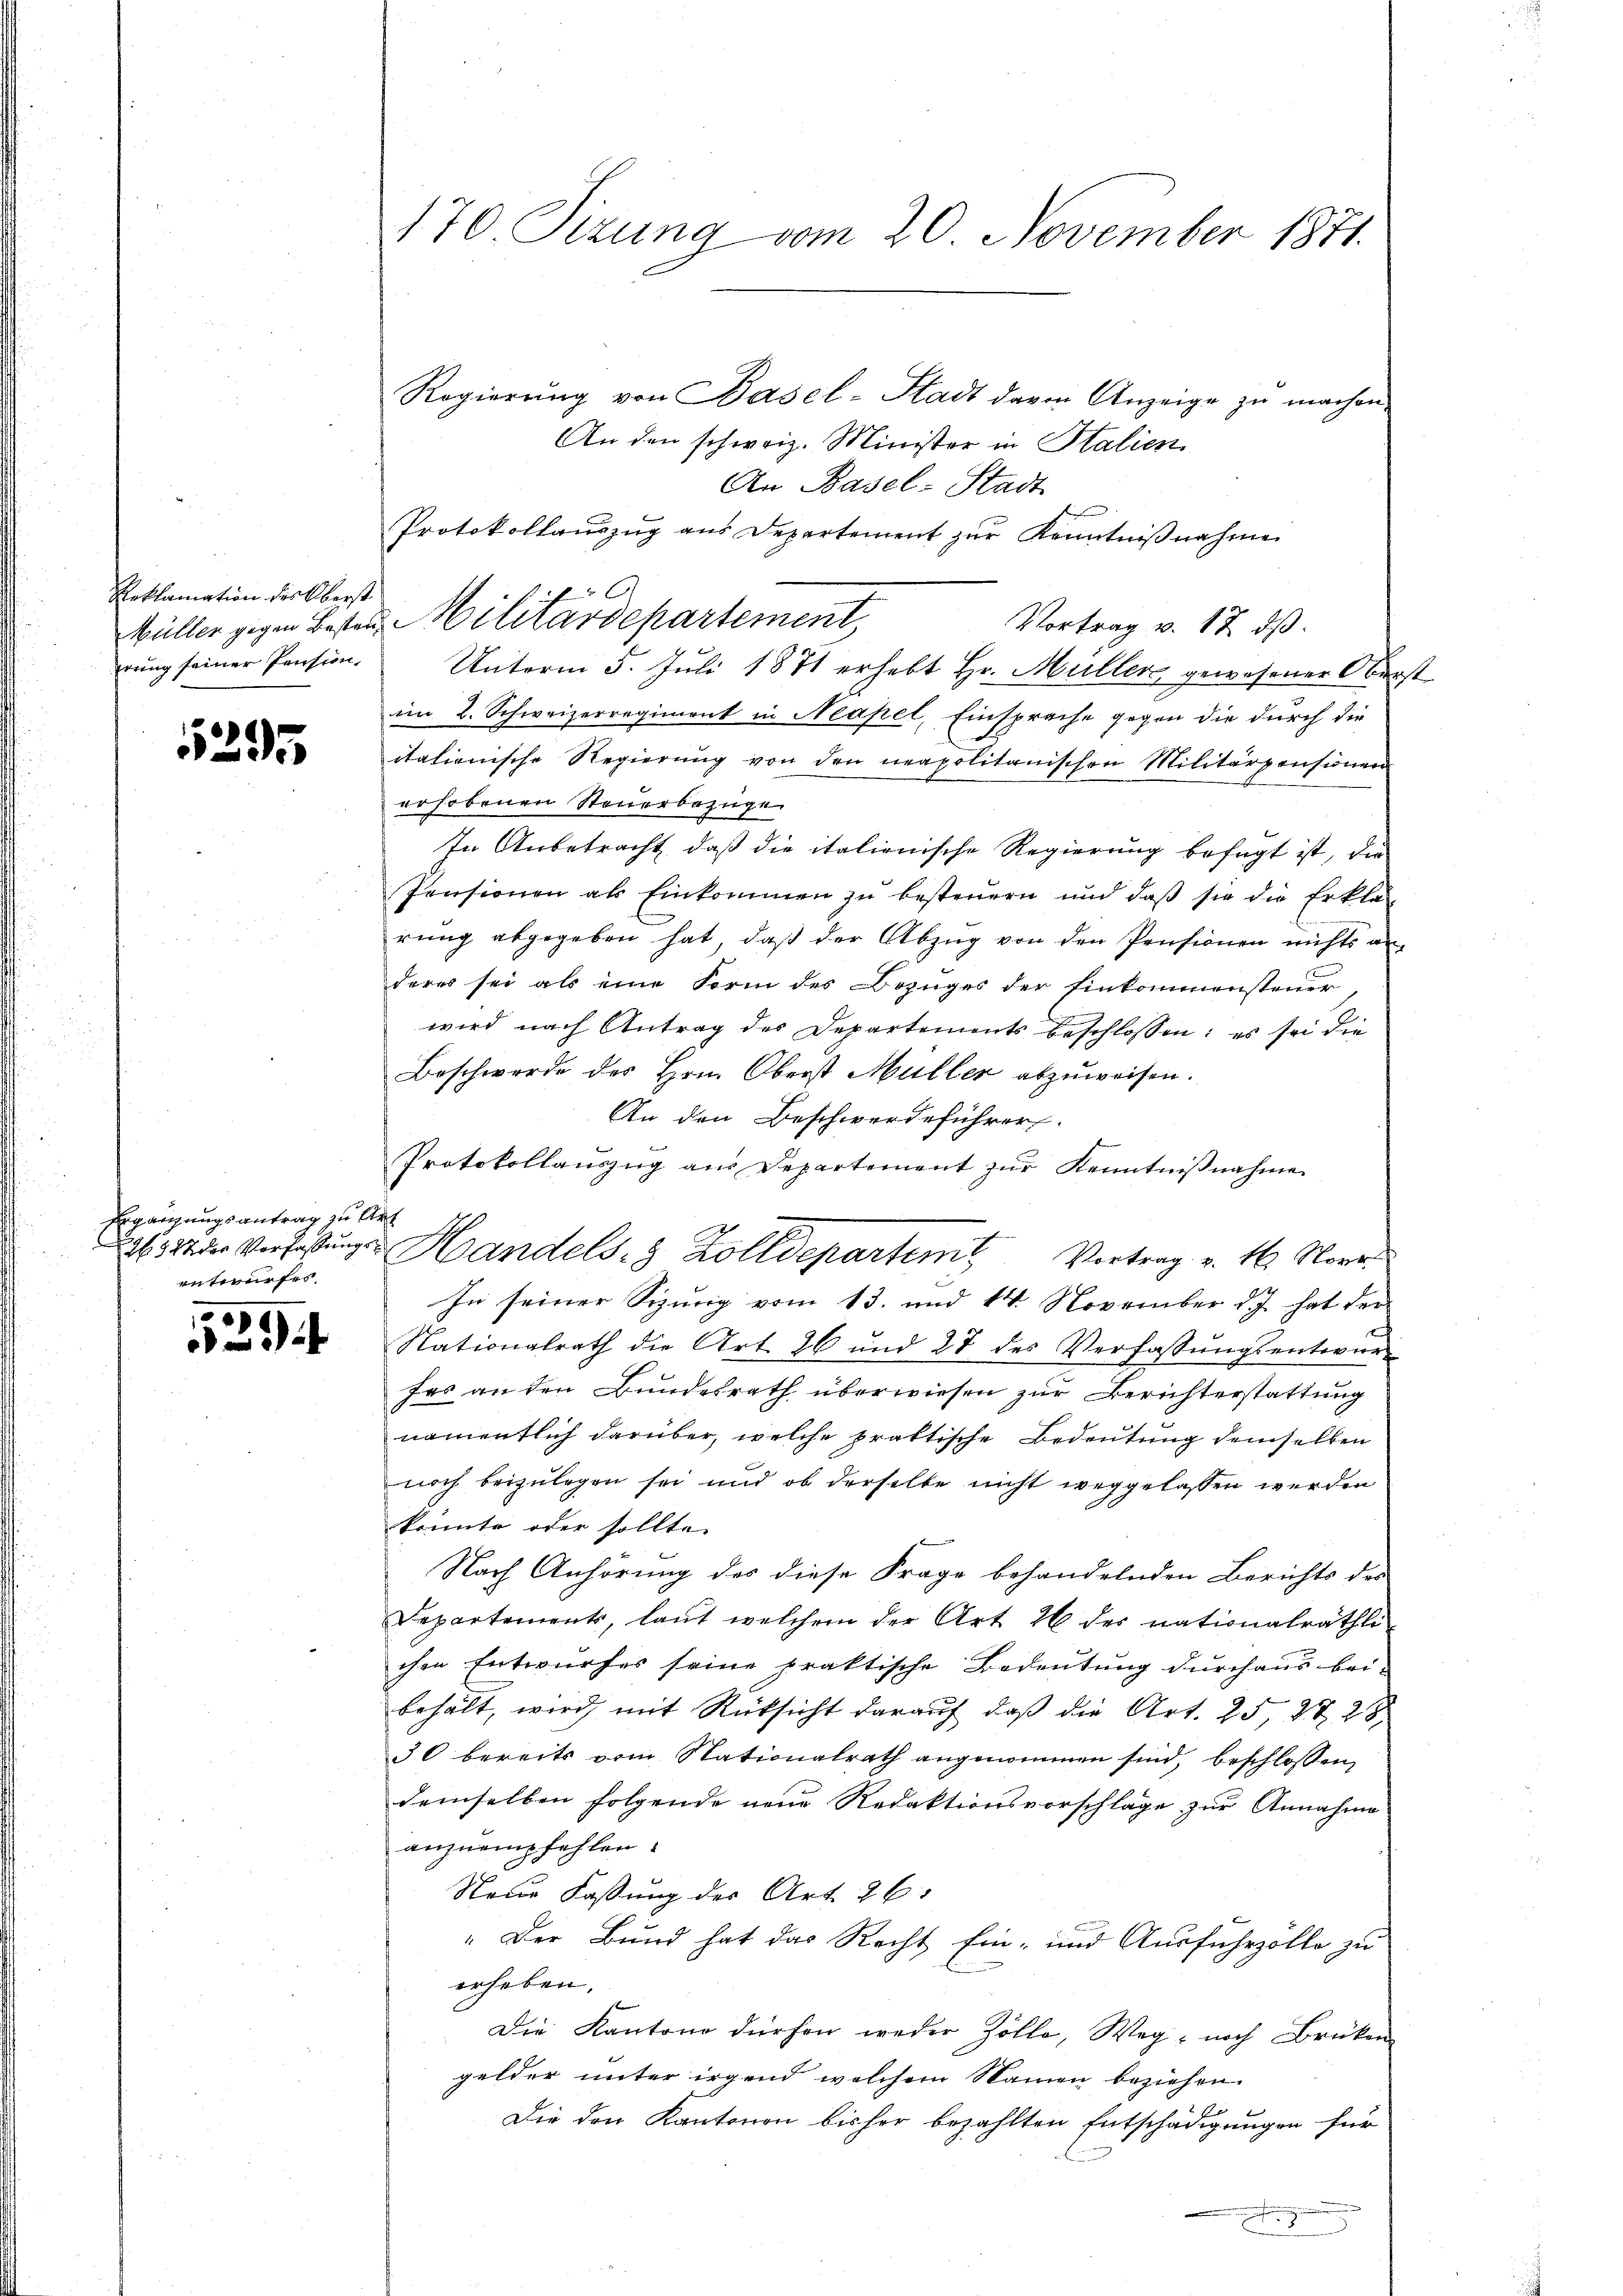
Reklamation des Oberst
erung seiner Pension,

5395

Ergänzungsantrag zu l
N 522 der Verfassung.
entwurfes.

5
23

170 Sizung vom 20. November 1871.

Regierung von Basel-Stadt davon Anzeige zu machen.
An den schweiz. Minister in Stalien
Vortrag v. 17. ds.
Unterm 5. Juli 1871 erhebt Hr. Müller gewesener Oberim 2. Schweizerregiment in Neapel, Einsprache gegen die durch die
itationische Regierung von den neapolitanischen Militärpensionen
erhobenen Steuerbezuge
In Anbetracht, daß die italienische Regierung befugt ist, die
Pensionen als Einkommen zu besteuern und daß sie die Erklär-
rung abgegeben hat, daß der Abzug von den Pensionen nichts an-
deres sei als eine Form des Bezuges der Einkommensteuer
wird nach Antrag des Departements beschlossen: es sei die
Beschwerde des Hrn. Oberst Müller abzuweisen.
An den Beschwerdeführer
Protokollaŭszŭg an Departement zŭr Kenntniβnahme
t
In seiner Sipurig vom 13. und 14. November d. J. hat der
Nationalrath die Art. 26 und 27 des Verfassŭngsentwur
fes an den Bundesrath überwiesen zur Berichterstattung
namentlich darüber, welche praktische Bedeutung demselben
noch beizulegen sei und ob derselbe nicht weggelassen werden
konnte oder sollte
Nach Anhörung des diese Frage behandelnden Berichts des
Departements, laŭt welchem der Art. 26 der nationalräthli
chen Entwurfes seine praktische Bedeutung durchaus bei-
behält, wird, mit Rücksicht darauf, daß die Art. 25, 27 28
30 bereits vom Stationalrath angenommen sind, beschlossen,
demselben folgende neue Redaktionsvorschläge zur Annahme
anzuempfehlen.
Neue Fassung des Art. 26.
" Der Bund hat das Recht Ein- und Ausfuhrzölle zu
erheben.
Die Kantone dürfen weder Zölle, Weg noch Brüken
gelder unter irgend welchem Namen beziehen.
Die den Kantonen bisher bezahlten Entschädigungen für
s
.

An Basel-Stadt
Protokollaŭszŭg aŭs Departement zŭr Kenntniβnahme
Müller gegen Besten Militärdepartement,

Handels. 3 Zolldepartemit Vortrag v. 16. Nove

1